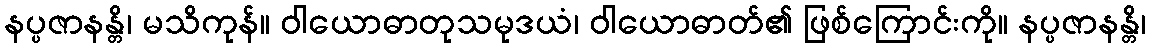
နပ္ပဇာနန္တိ၊ မသိကုန်။ ဝါယောဓာတုသမုဒယံ၊ ဝါယောဓာတ်၏ ဖြစ်ကြောင်းကို။ နပ္ပဇာနန္တိ၊